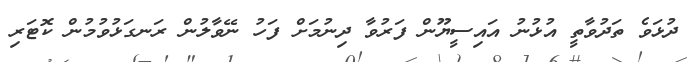
ދުޅަވެ ތަދުވާތީ އުޅުނު އައިސީޔޫން ފަރުވާ ދިނުމަށް ފަހު ނޭވާލުން ރަނގަޅުވުމުން ކޮޓަރި